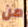
من